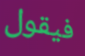
فيقول